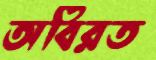
অবিরত